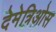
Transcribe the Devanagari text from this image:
देमेत्रिओस